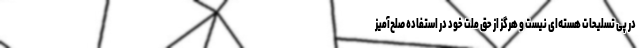
در پی تسلیحات هسته‌ای نیست و هرگز از حق ملت خود در استفاده‌ صلح‌آمیز